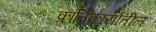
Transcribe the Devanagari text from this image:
क्रांतिकार्यातील